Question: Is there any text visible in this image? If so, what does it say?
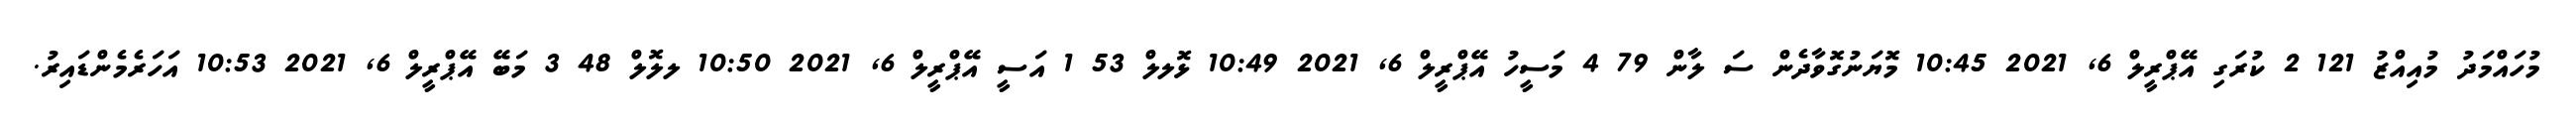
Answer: މުހައްމަދު މުއިއްޒު 121 2 ކުރަގި އޭޕްރީލް 6, 2021 10:45 މޮޔަނުގޮވާދެން ސަ ލާން 79 4 މަސީހު އޭޕްރީލް 6, 2021 10:49 ޅޮލލް 53 1 އަސީ އޭޕްރީލް 6, 2021 10:50 ލލޮލް 48 3 މަބޭ އޭޕްރީލް 6, 2021 10:53 އަހަރެމެންޑައިރު.